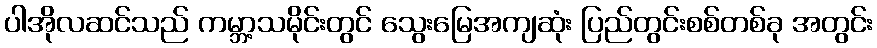
ပါအိုလဆင်သည် ကမ္ဘာ့သမိုင်းတွင် သွေးမြေအကျဆုံး ပြည်တွင်းစစ်တစ်ခု အတွင်း